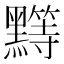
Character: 𱋺